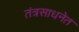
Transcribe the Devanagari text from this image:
तंत्रसाधनेत